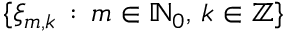
\{ \xi _ { m , k } \, : \, m \in \ensuremath { \mathbb { N } } _ { 0 } , \, k \in \ensuremath { \mathbb { Z } } \}